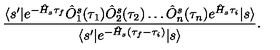
\frac { \langle s ^ { \prime } | e ^ { - \hat { H } _ { s } \tau _ { f } } \hat { O } _ { 1 } ^ { s } ( \tau _ { 1 } ) \hat { O } _ { 2 } ^ { s } ( \tau _ { 2 } ) \ldots \hat { O } _ { n } ^ { s } ( \tau _ { n } ) e ^ { \hat { H } _ { s } \tau _ { i } } | s \rangle } { \langle s ^ { \prime } | e ^ { - \hat { H } _ { s } ( \tau _ { f } - \tau _ { i } ) } | s \rangle } .